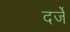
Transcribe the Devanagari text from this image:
दर्जें